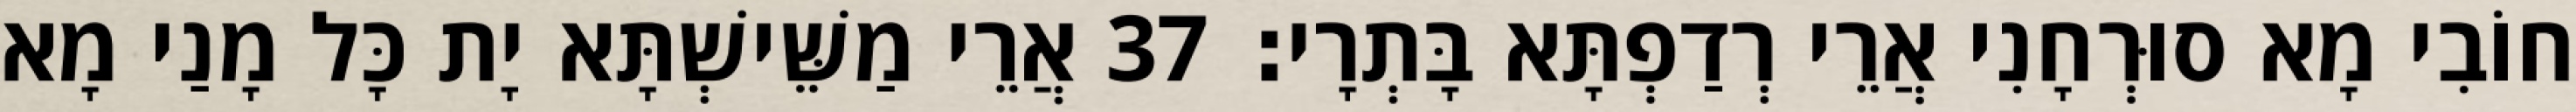
חוֹבִי מָא סוּרְחָנִי אֲרֵי רְדַפְתָּא בָּתְרָי׃ 37 אֲרֵי מַשֵּׁישְׁתָּא יָת כָּל מָנַי מָא